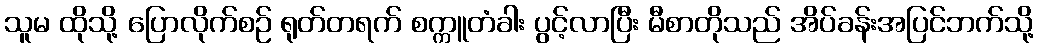
သူမ ထိုသို့ ပြောလိုက်စဉ် ရုတ်တရက် စက္ကူတံခါး ပွင့်လာပြီး မီစာတိုသည် အိပ်ခန်းအပြင်ဘက်သို့